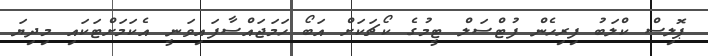
ޕޮލިސް ކްލަބު ފިރިހެން ފުޓްސަލް ޓީމުގެ ކޯޗަކަށް އަބޯ ހަމަޖައްސާފައިވަނީ އެކަމަށްޓަކައި މިދިޔަ